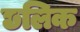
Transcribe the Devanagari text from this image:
छलिक